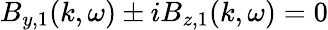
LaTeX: B_{y,1}(k,\omega)\pm iB_{z,1}(k,\omega)=0